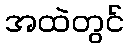
အထဲတွင်